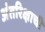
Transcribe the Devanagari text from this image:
अंतरिक्षाची